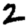
Digit: 2